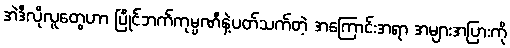
အဲဒီလိုလူတွေဟာ ပြိုင်ဘက်ကုမ္ပဏီနဲ့ပတ်သက်တဲ့ အကြောင်းအရာ အများအပြားကို